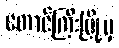
တောင်ကြီးမြို့မှ